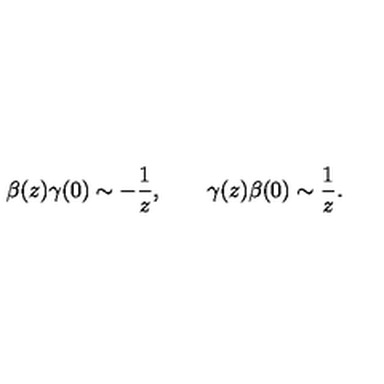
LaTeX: \beta ( z ) \gamma ( 0 ) \sim - \frac { 1 } { z } , \qquad \gamma ( z ) \beta ( 0 ) \sim \frac { 1 } { z } .